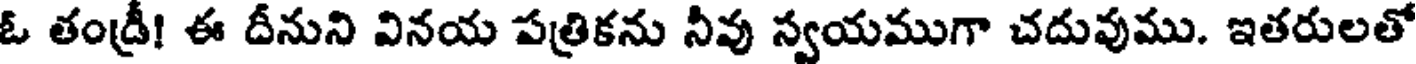
ఓ తండ్రీ! ఈ దీనుని వినయ పత్రికను నీవు స్వయముగా చదువుము. ఇతరులతో